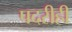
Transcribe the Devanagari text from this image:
पदरीही